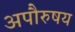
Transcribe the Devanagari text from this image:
अपौरुषय